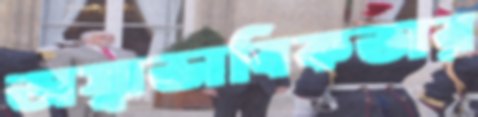
অস্বাভাবিকতার